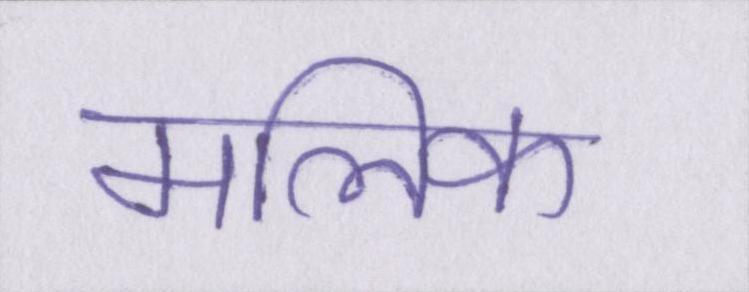
मलिक